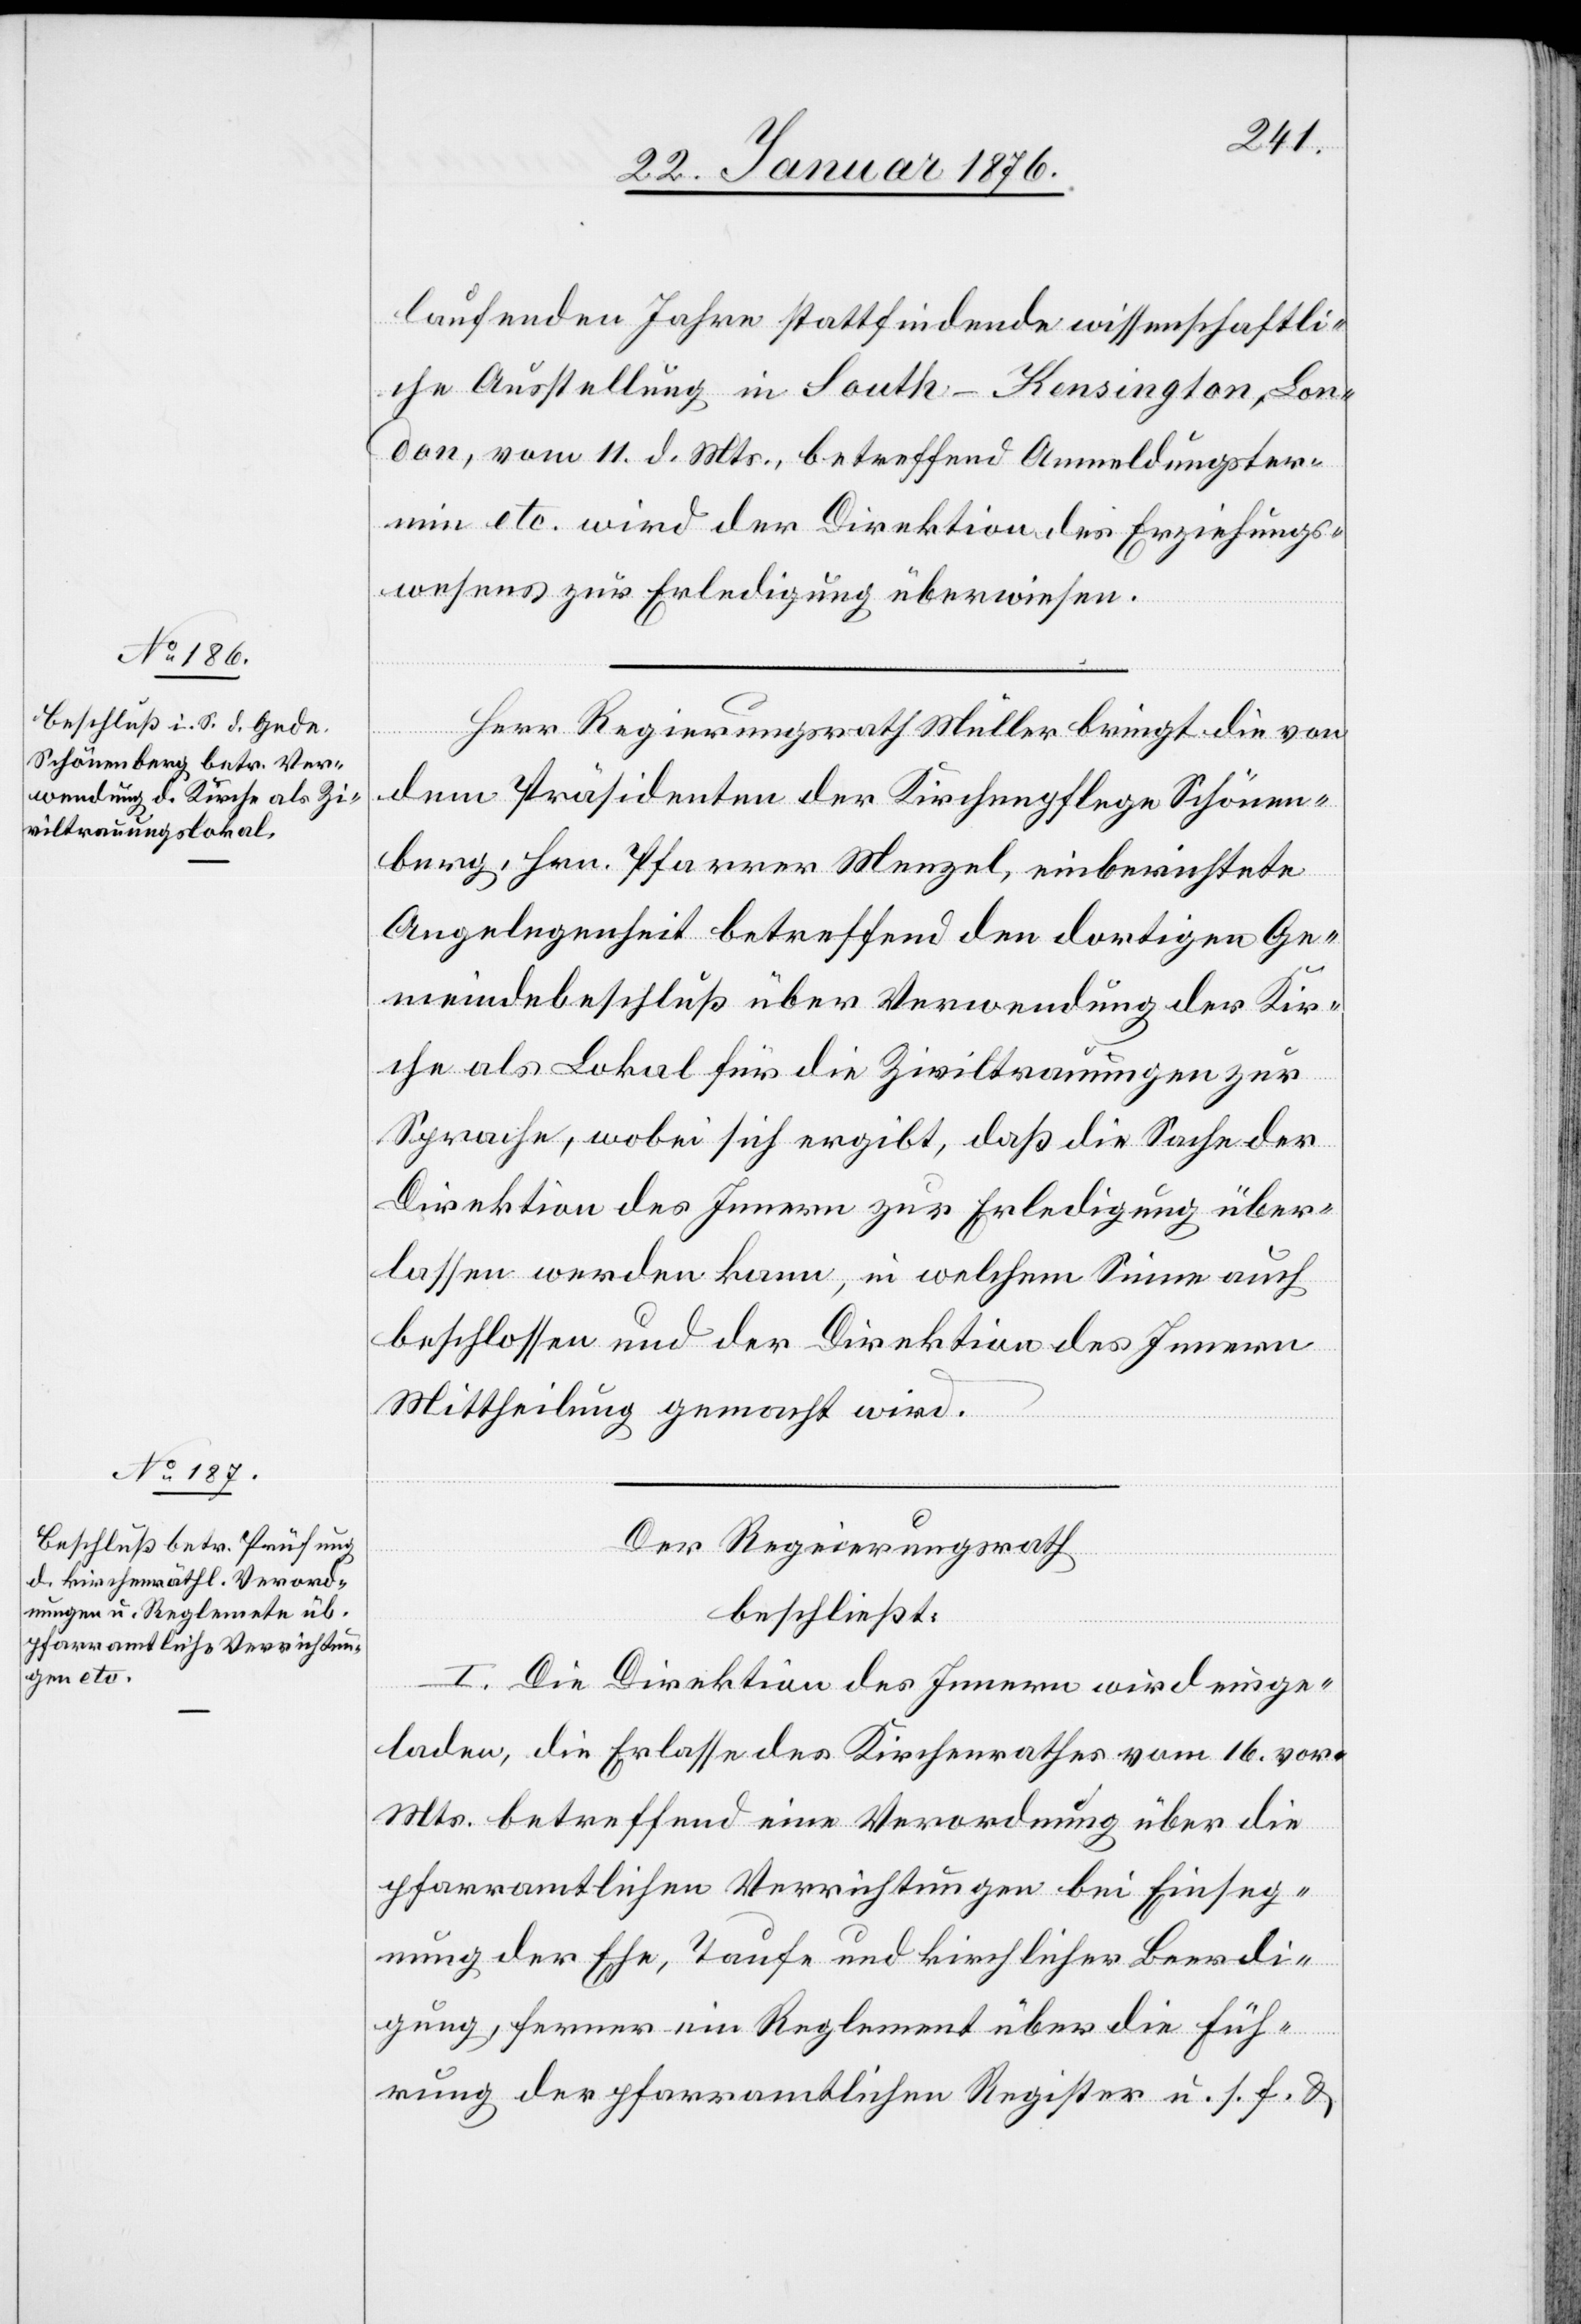
laufenden Jahre stattfindende wissenschaftli¬
che Ausstellung in South-Kensington, Lon¬
don, vom 11. d. Mts., betreffend Anmeldungster¬
min etc. wird der Direktion des Erziehungs¬
wesens zur Erledigung überwiesen.
Herr Regierungsrath Müller bringt die von
dem Präsidenten der Kirchenpflege Schönen¬
berg, Hrn. Pfarrer Menzel, einberichtete
Angelegenheit betreffend den dortigen Ge¬
meindebeschluß über Verwendung der Kir¬
che als Lokal für die Ziviltrauungen zur
Sprache, wobei sich ergibt, daß die Sache der
Direktion des Innern zur Erledigung über¬
lassen werden kann, in welchem Sinne auch
beschossen und der Direktion des Innern
Mittheilung gemacht wird.
Der Regierungsrath
beschließt:
I. Die Direktion des Innern wird einge¬
laden, die Erlasse des Kirchenrathes vom 16. vor.
Mts. betreffend eine Verordnung über die
pfarramtlichen Verrichtungen bei Einseg¬
nung der Ehe, Taufe und kirchlicher Beerdi¬
gung, ferner im Reglement über die Füh¬
rung der pfarramtlichen Register u. s. f. u.